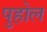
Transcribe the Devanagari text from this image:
पुहोल